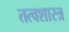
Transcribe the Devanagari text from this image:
तत्वशास्त्र